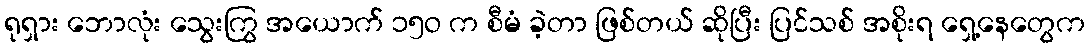
ရုရှား ဘောလုံး သွေးကြွ အယောက် ၁၅ဝ က စီမံ ခဲ့တာ ဖြစ်တယ် ဆိုပြီး ပြင်သစ် အစိုးရ ရှေ့နေတွေက